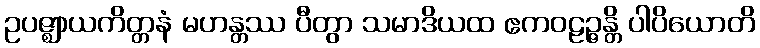
ဥပဇ္ဈာယကိတ္တနံ မဟန္တဿ ပီတွာ သမာဒိယထ ဧကဝဠဉ္ဇန္တိ ပါပိယောတိ